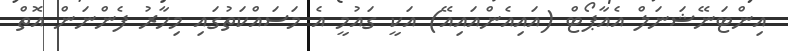
އިންޓަނޭޝަނަލް އެއާޕޯޓް (އައިއެންއައިއޭ) އަކީ ގައުމީ އެ މަސައްކަތުގައި މިހާރު ފެންނަން އޮތް